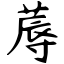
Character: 蓐